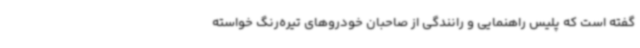
گفته است که پلیس راهنمایی و رانندگی از صاحبان خودروهای تیره‌رنگ خواسته